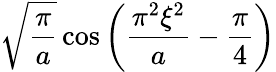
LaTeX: {\sqrt{\frac{\pi}{a}}}\cos\left({\frac{\pi^{2}\xi^{2}}{a}}-{\frac{\pi}{4}}\right)